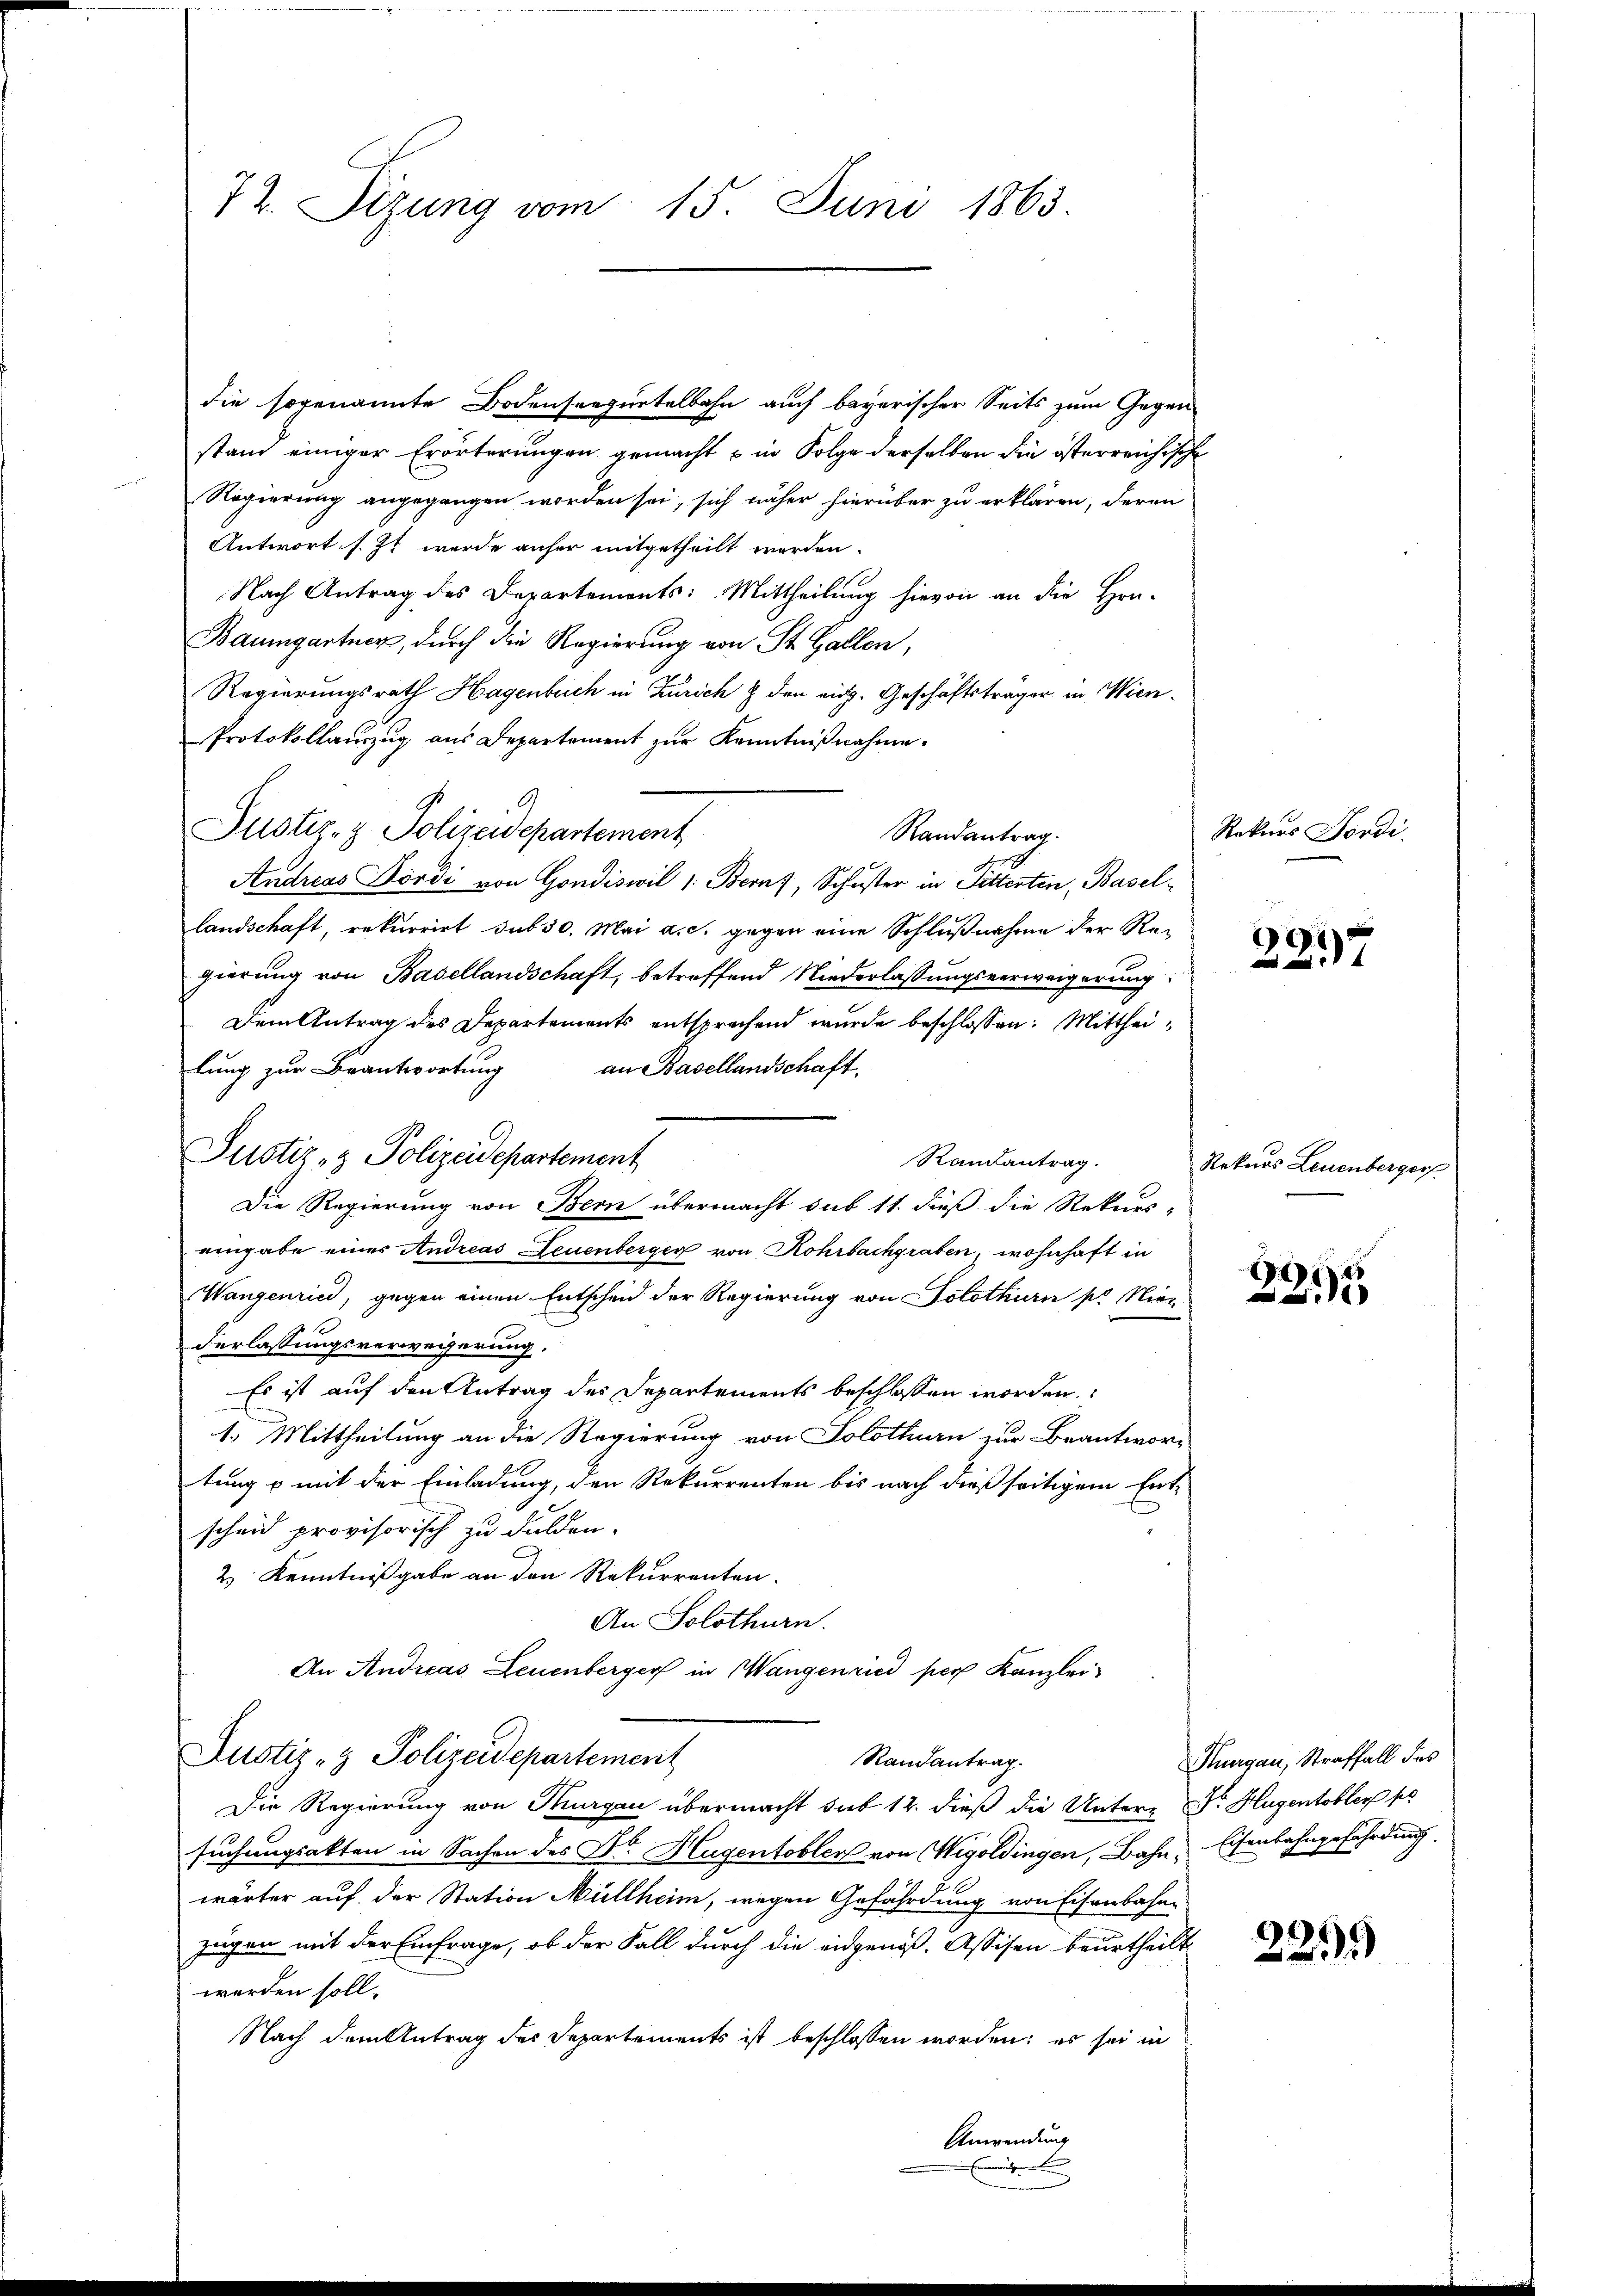
72. Sizung vom 15. Juni 1863.

die sogenannte Bodensrequetelbahn auch bayerischer Seits zum Gegenstand einiger Erörterungen gemacht u in Folge derselben die österreichische
Regierung angegangen worden sei, sich näher hierüber zu erklären, deren
Antwort s. Zt. werde anher mitgetheilt werden.
Nach Antrag des Departements: Mittheilung hievon an die Han-
Baumgartner, durch die Regierung von St. Gallen,
Regierungsrath Hagenbuch in Zürich & den rich. Geschäftsträger in Wien¬
Protokollauszug aus Departement zur Kenntnißnahme.
Justiz- & Polizeidepartement
Randantrag.
Andreas Tördi von Gondiswil 1: Beruf, Schuster in Pitterten, Basellandschaft, rekurrirt sub 30. Mai a. c. gegen eine Schlußnahme der Regierung von Basellandschaft, betreffend Niederlassungsverweigerung
Dem Antrag des Departements entsprechend wurde beschlossen: Mittheian Basellandschaft.
lung zur Beantwortung
Justiz- & Polizeidepartement
Randantrag.
Die Regierung von Bern übermacht sub 11. dieß die Rekurs-
eingabe einer Andreas Feuenberger von Rohrbachgraben, wohnhaft in
Wangenried, gegen einen Entscheid der Regierung von Solothurn pr Niederlassungsverweigerung.
Es ist auf den Antrag des Departements beschlossen worden:
1.) Mittheilung an die Regierung von Solothurn zur Beantwor-
tung & mit der Einladung, den Rekurrenten bis nach dießseitigem Ent-
scheid provisorisch zu dulden.
2 Kenntnißgabe an den Rekurrenten.
An Solothurn.
An Andreas Leuenberger in Wangenried per Kanzlei
Justiz- & Polizeidepartement
Randantrag.
Die Regierung von Thurgau übermacht sub 12. dieß die Unters Dr. Hugentobler pe
suchungsakten in Sachen des Dr. Hugentobler von Wigoldingen, Bahn, Eisenbahngefährdung
wärter auf der Station Müllheim, wegen Gefährdung von Eisenbahn
zügen mit der Einfrage, ob der Fall durch die eidgenoß, Assisen beurtheilt
werden soll.
Nach dem Antrag der Departements ist beschlossen worden; es sei in
Anwendung

Rekurs Jordi

.
297

Rekurs Leuenbergess

1
25

Thurgau, Straffall des

221)